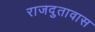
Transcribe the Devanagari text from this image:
राजदुतावास